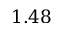
1 . 4 8